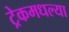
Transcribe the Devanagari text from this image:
ट्रेकमधल्या